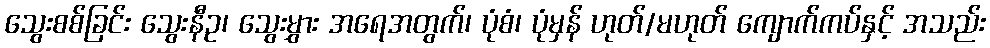
သွေးစစ်ခြင်း သွေးနီဥ၊ သွေးမွှား အရေအတွက်၊ ပုံစံ၊ ပုံမှန် ဟုတ်/မဟုတ် ကျောက်ကပ်နှင့် အသည်း